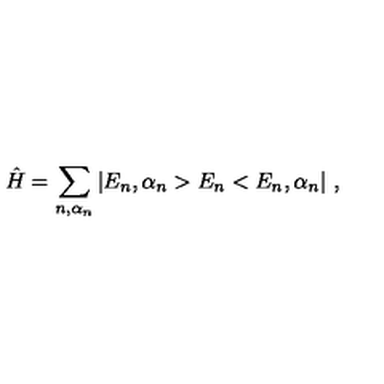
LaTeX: \hat { H } = \sum _ { n , \alpha _ { n } } | E _ { n } , \alpha _ { n } > E _ { n } < E _ { n } , \alpha _ { n } | \ ,